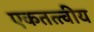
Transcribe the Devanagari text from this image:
एकतत्त्वीय